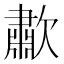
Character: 歗